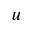
\boldsymbol { u }